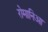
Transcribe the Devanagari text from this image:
रोमानिआ